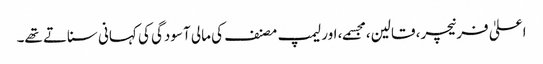
اعلیٰ فرنیچر، قالین، مجسمے، اور لیمپ مصنف کی مالی آسودگی کی کہانی سناتے تھے۔